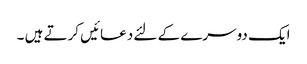
ایک دوسرے کے لئے دعائیں کرتے ہیں ۔